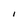
Character: l